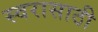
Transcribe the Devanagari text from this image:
स्वरासाठी